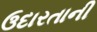
ઉદારતાની